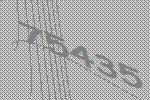
75435